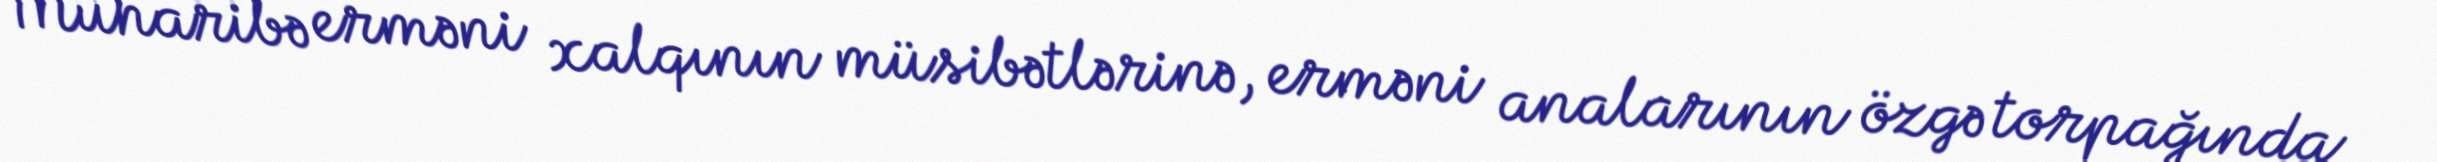
Müharibə erməni xalqının müsibətlərinə, erməni analarının özgə torpağında